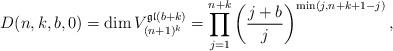
LaTeX: \begin{gather*}D(n,k,b,0)=\dim V_{(n+1)^{k}}^{\mathfrak{gl}(b+k)}=\prod_{j=1}^{n+k}\left({j+b \over j}\right)^{\min(j,n+k+1-j)},\end{gather*}